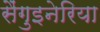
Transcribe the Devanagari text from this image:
सैंगुइनेरिया